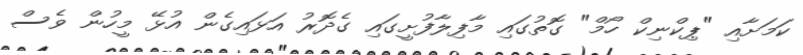
ކަމަށާއި "ޕިކްނިކް ހޯމް" ގޮތުގައި މާފިލާފުށީގައި ގެދޮރު އަޅައިގެން އުޅޭ މީހުން ވެސް